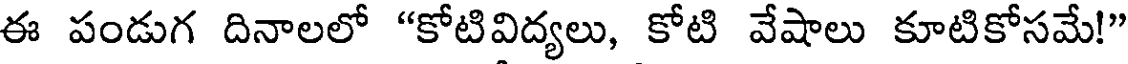
ఈ పండుగ దినాలలో "కోటివిద్యలు, కోటి వేషాలు కూటికోసమే!"